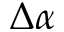
\Delta \alpha